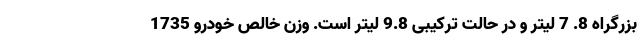
بزرگراه 8. 7 لیتر و در حالت ترکیبی 9.8 لیتر است. وزن خالص خودرو 1735